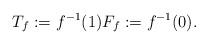
LaTeX: \begin{align*}T_f := f^{-1}(1) F_f := f^{-1}(0).\end{align*}